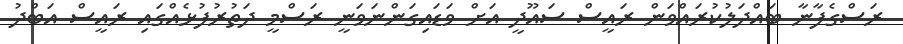
ރަސްގެފާނާ ބައްދަލުކުރައްވަން ރައީސް ސައޫދީ އަށް ވަޑައިގަންނަވަނީ ރަސްމީ ދަތުރުފުޅެއްގައި ރައީސް އަބްދު